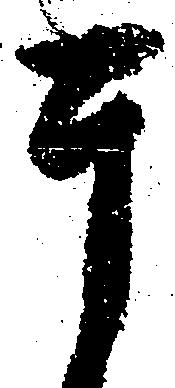
于